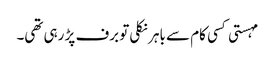
مہستی کسی کام سے باہر نکلی تو برف پڑ رہی تھی۔